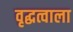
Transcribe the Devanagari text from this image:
वृद्धत्वाला